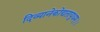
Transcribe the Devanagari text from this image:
दिव्यानेकोद्यतायुधम्‌।।